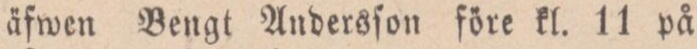
äfwen Bengt Andersſon före kl. 11 på